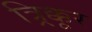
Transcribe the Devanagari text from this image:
त्र्र्र्रिक्कूर